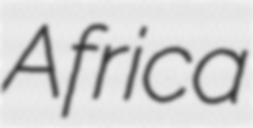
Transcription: Africa